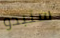
ستبدو